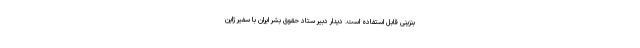
بنزینی قابل استفاده است. دیدار دبیر ستاد حقوق بشر ایران با سفیر ژاپن